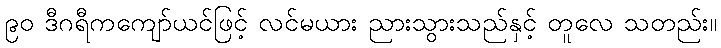
၉၀ ဒီဂရီကကျော်ယင်ဖြင့် လင်မယား ညားသွားသည်နှင့် တူလေ သတည်း။